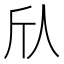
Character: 𫢍